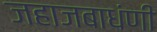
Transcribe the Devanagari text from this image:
जहाजबाधंणी